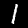
Digit: 1